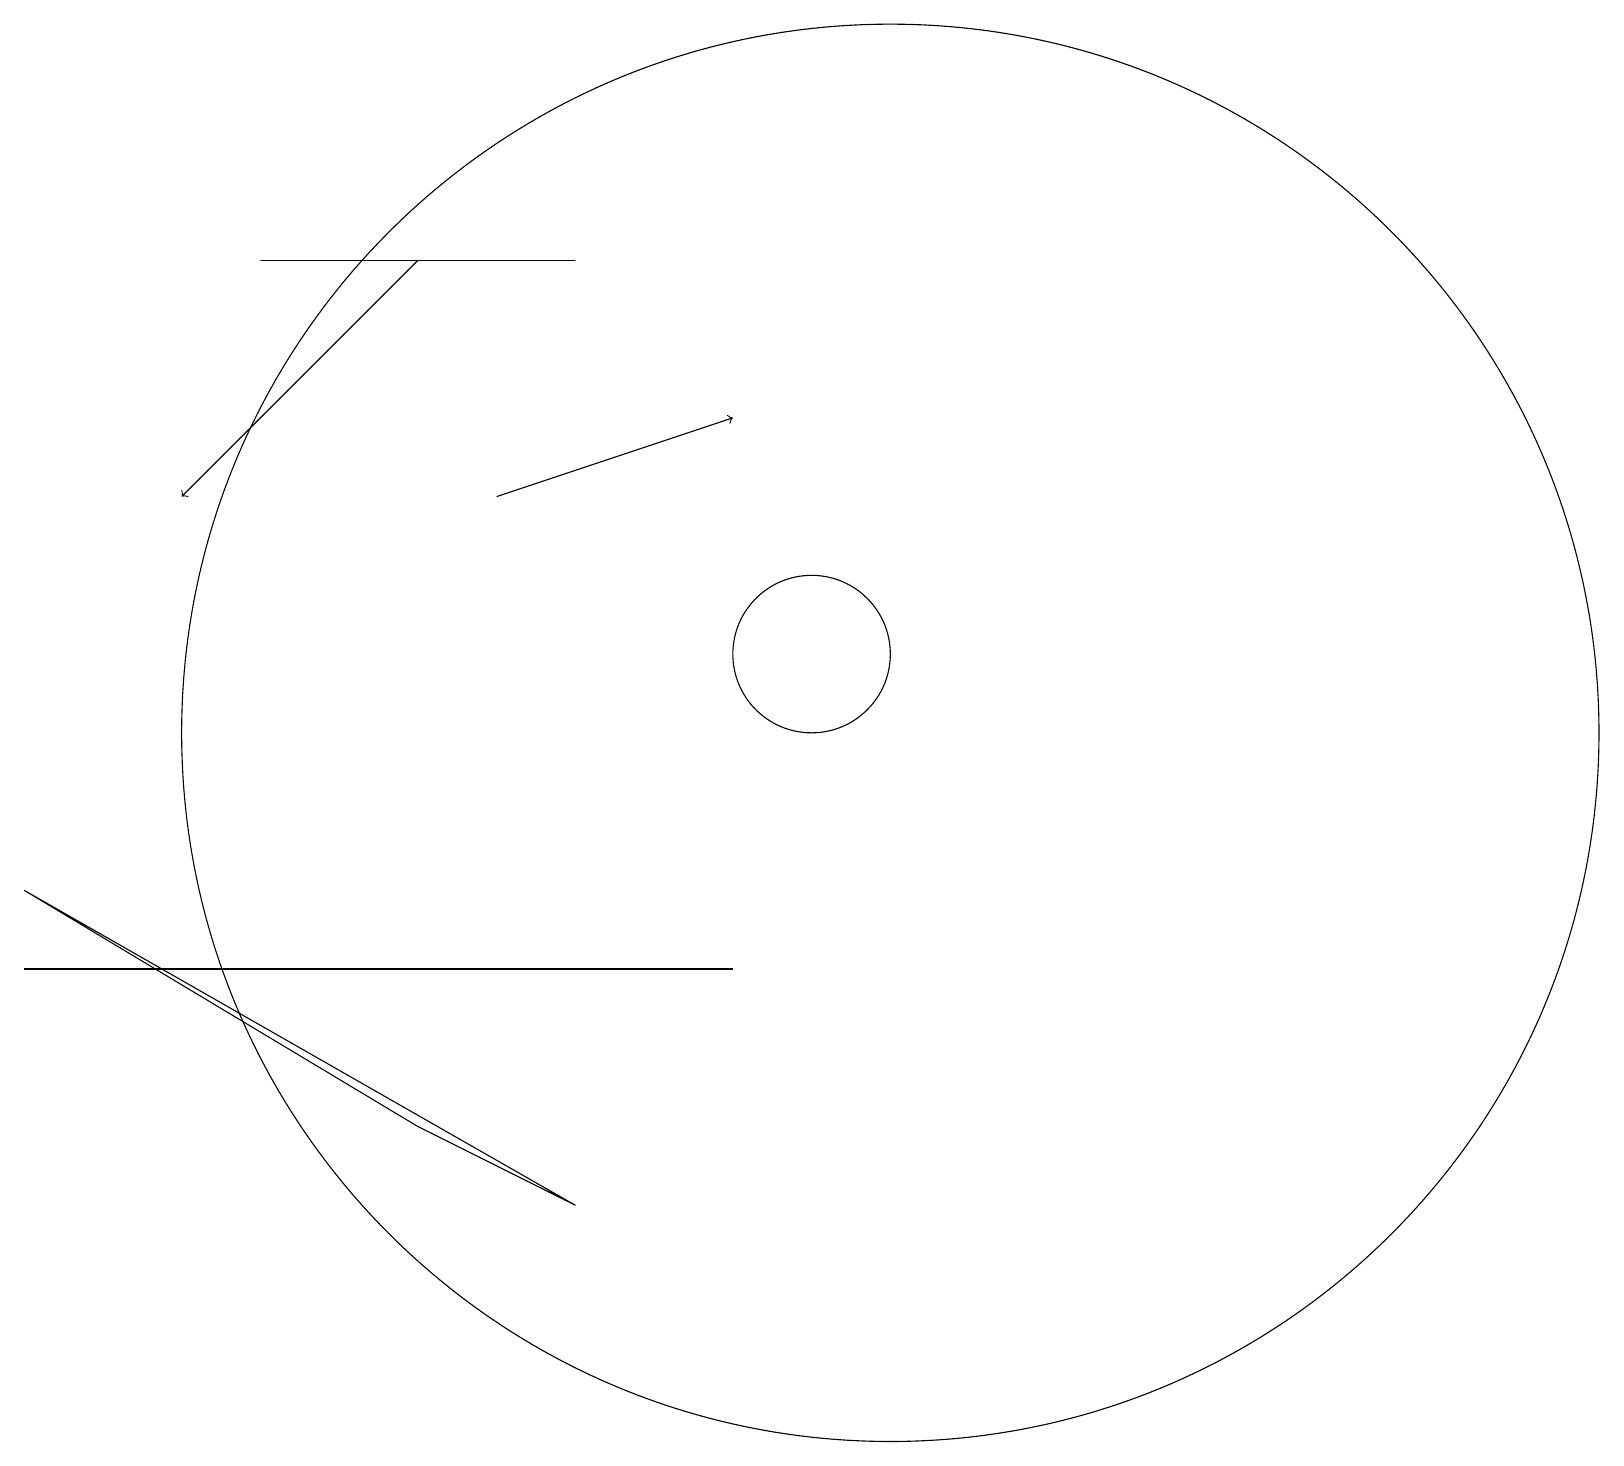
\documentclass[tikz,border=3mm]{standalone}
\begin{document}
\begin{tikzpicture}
\draw[->] (5,17) -- (2,14);
\draw (5,6) -- (7,5) -- (0,9) -- cycle;
\draw (3,17) rectangle (7,17);
\draw (0,8) -- (4,8) -- (9,8) -- cycle;
\draw[->] (6,14) -- (9,15);
\draw (11,11) circle (9);
\draw (10,12) circle (1);
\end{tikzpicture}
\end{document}